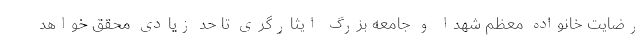
رضایت خانواده معظم شهدا و جامعه بزرگ ایثارگری تا حد زیادی محقق خواهد